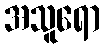
အသူရော